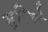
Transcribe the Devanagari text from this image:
सुरिचे